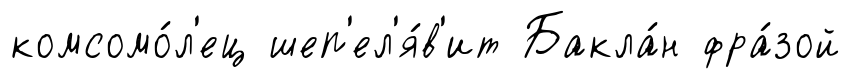
комсомо́л'ец шеп'ел'я́в'ит Бакла́н фра́зой